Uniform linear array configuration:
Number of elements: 32
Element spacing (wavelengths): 0.25
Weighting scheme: blackman
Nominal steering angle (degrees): -30
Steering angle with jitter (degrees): -31.422
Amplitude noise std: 0.05
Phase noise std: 0.05

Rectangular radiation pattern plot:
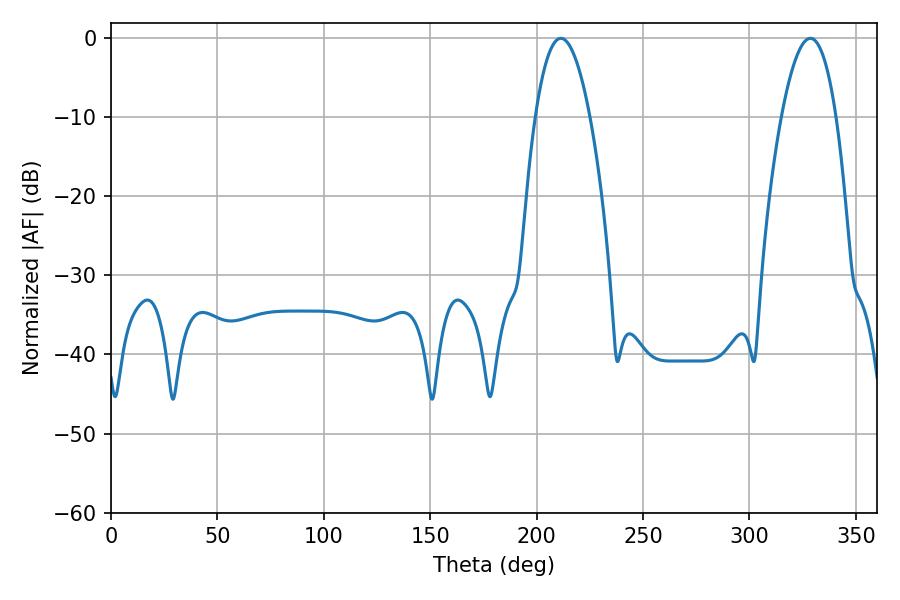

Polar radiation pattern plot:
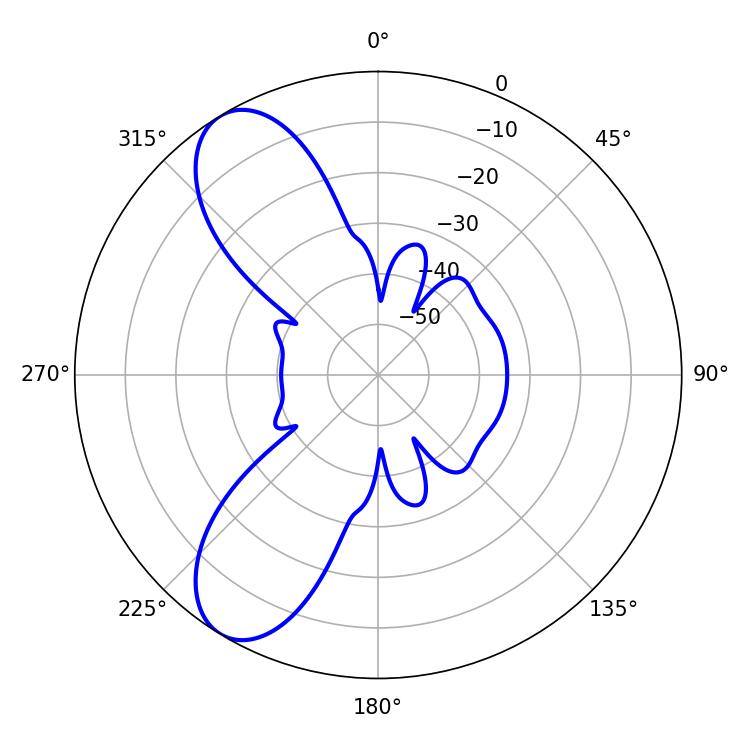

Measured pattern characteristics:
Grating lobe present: FALSE
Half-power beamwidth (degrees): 14.22
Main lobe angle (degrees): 211.32